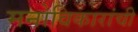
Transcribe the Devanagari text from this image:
मनोविकारांची